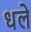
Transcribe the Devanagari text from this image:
धले